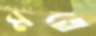
মতে